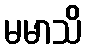
မမာသိ